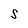
Character: S